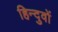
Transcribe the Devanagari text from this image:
हिन्दुवों